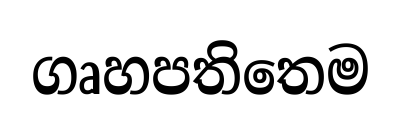
ගෘහපතිතෙම